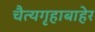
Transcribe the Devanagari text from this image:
चैत्यगृहाबाहेर